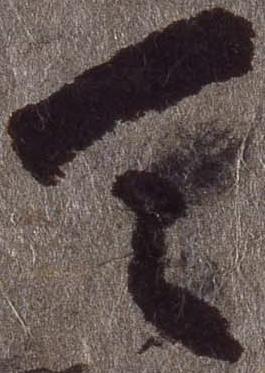
天